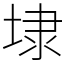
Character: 埭